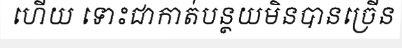
ហើយ ទោះជាកាត់បន្ថយមិនបានច្រើន